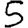
Digit: 5